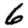
Digit: 6